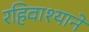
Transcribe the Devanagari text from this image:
रहिवाश्याने